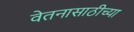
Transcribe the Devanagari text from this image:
वेतनासाठीच्या